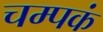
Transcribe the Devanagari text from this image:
चम्पकं